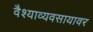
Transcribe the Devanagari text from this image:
वैश्याव्यवसायावर